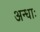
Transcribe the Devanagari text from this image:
अन्धाः